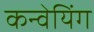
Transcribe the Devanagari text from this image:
कन्वेयिंग